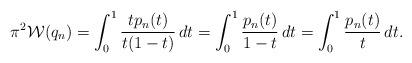
LaTeX: \begin{align*}\pi^2\mathcal W(q_n) = \int_0^1 \frac{tp_n(t)}{t(1-t)}\, dt= \int_0^1 \frac{p_n(t)}{1-t}\, dt= \int_0^1 \frac{p_n(t)}{t}\, dt.\end{align*}